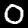
Digit: 0